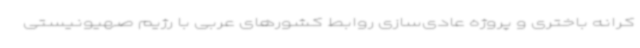
کرانه باختری و پروژه عادی‌سازی روابط کشورهای عربی با رژیم صهیونیستی